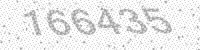
Solution: 166435